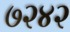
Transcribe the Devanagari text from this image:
७२४२